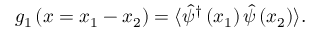
g _ { 1 } \left( x = x _ { 1 } - x _ { 2 } \right) = \langle \hat { \psi } ^ { \dagger } \left( x _ { 1 } \right) \hat { \psi } \left( x _ { 2 } \right) \rangle .